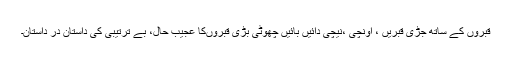
قبروں کے ساتھ جڑی قبریں ، اونچی ،نیچی دائیں بائیں چھوٹی بڑی قبروںکا عجیب حال، بے ترتیبی کی داستان در داستان۔